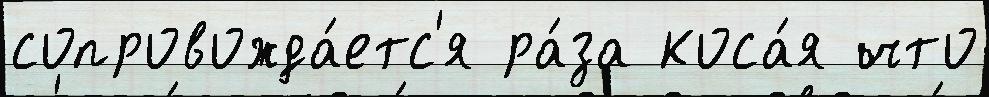
сопровожда́етс'я ра́за коса́я что